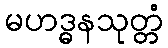
မဟဒ္ဓနသုတ္တံ